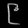
Digit: ၉